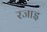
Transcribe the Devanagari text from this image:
रजाइ